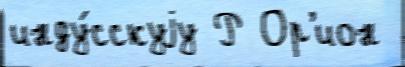
инду́сскуjу Р Ор'ион